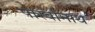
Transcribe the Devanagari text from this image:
पार्स्‍वानाथ